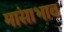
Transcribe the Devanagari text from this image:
मांसाभाव